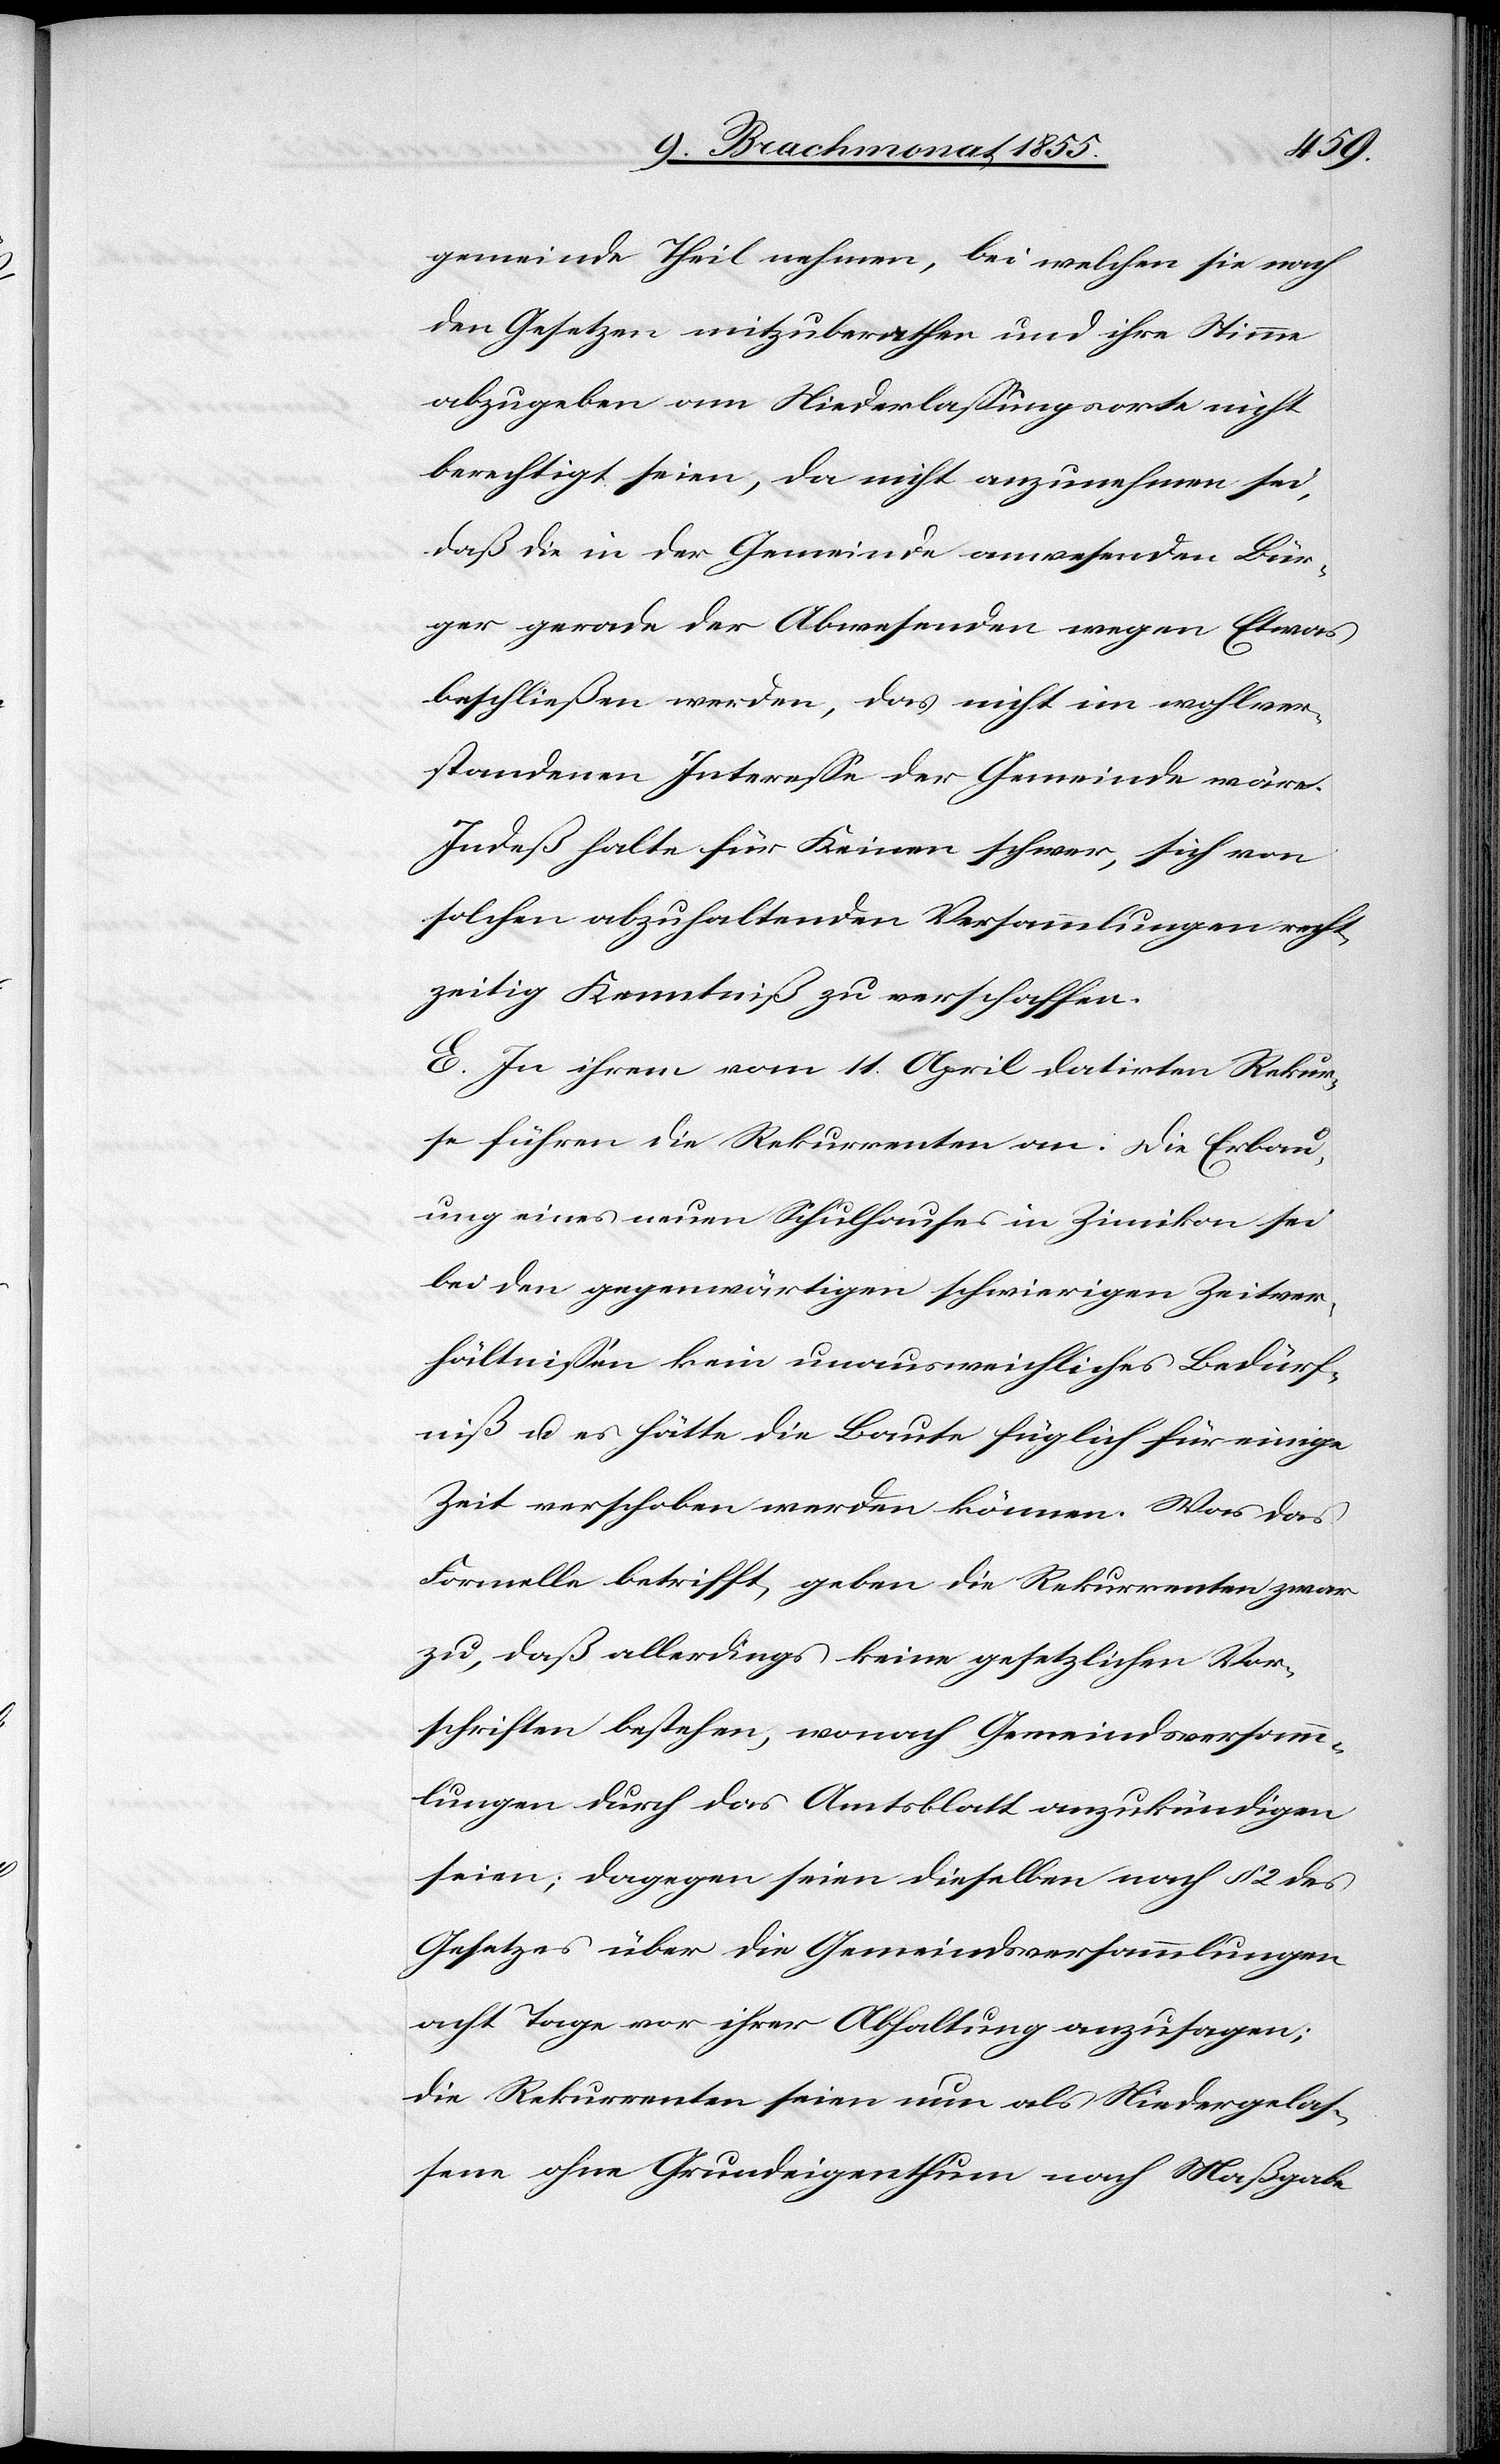
gemeinde Theil nehmen, bei welchen sie nach
den Gesetzen mitzuberathen und ihre Stimme
abzugeben am Niederlassungsorte nicht
berechtigt seien, da nicht anzunehmen sei,
daß die in der Gemeinde anwesenden Bür¬
ger gerade der Abwesenden wegen Etwas
beschließen werden, das nicht im wohlver¬
standenen Interesse der Gemeinde wäre.
Indeß halte für Keinen schwer, sich von
solchen abzuhaltenden Versammlungen recht¬
zeitig Kenntniß zu verschaffen.
E. In ihrem vom 11. April datirten Rekur¬
se führen die Rekurrenten an: Die Erbau¬
ung eines neuen Schulhauses in Zimikon sei
bei den gegenwärtigen schwierigen Zeitver¬
hältnissen kein unausweichliches Bedürf¬
niß u. es hätte die Baute füglich für einige
Zeit verschoben werden können. Was das
Formelle betrifft, geben die Rekurrenten zwar
zu, daß allerdings keine gesetzlichen Vor¬
schriften bestehen, wonach Gemeindsversamm¬
lungen durch das Amtsblatt anzukündigen
seien; dagegen seien dieselben nach § 2 des
Gesetzes über die Gemeindsversammlungen
acht Tage vor ihrer Abhaltung anzusagen;
die Rekurrenten seien nun als Niedergelas¬
sene ohne Grundeigenthum nach Maßgabe